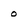
Character: o